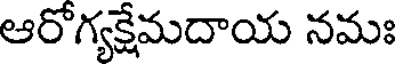
ఆరోగ్యక్షేమదాయ నమః